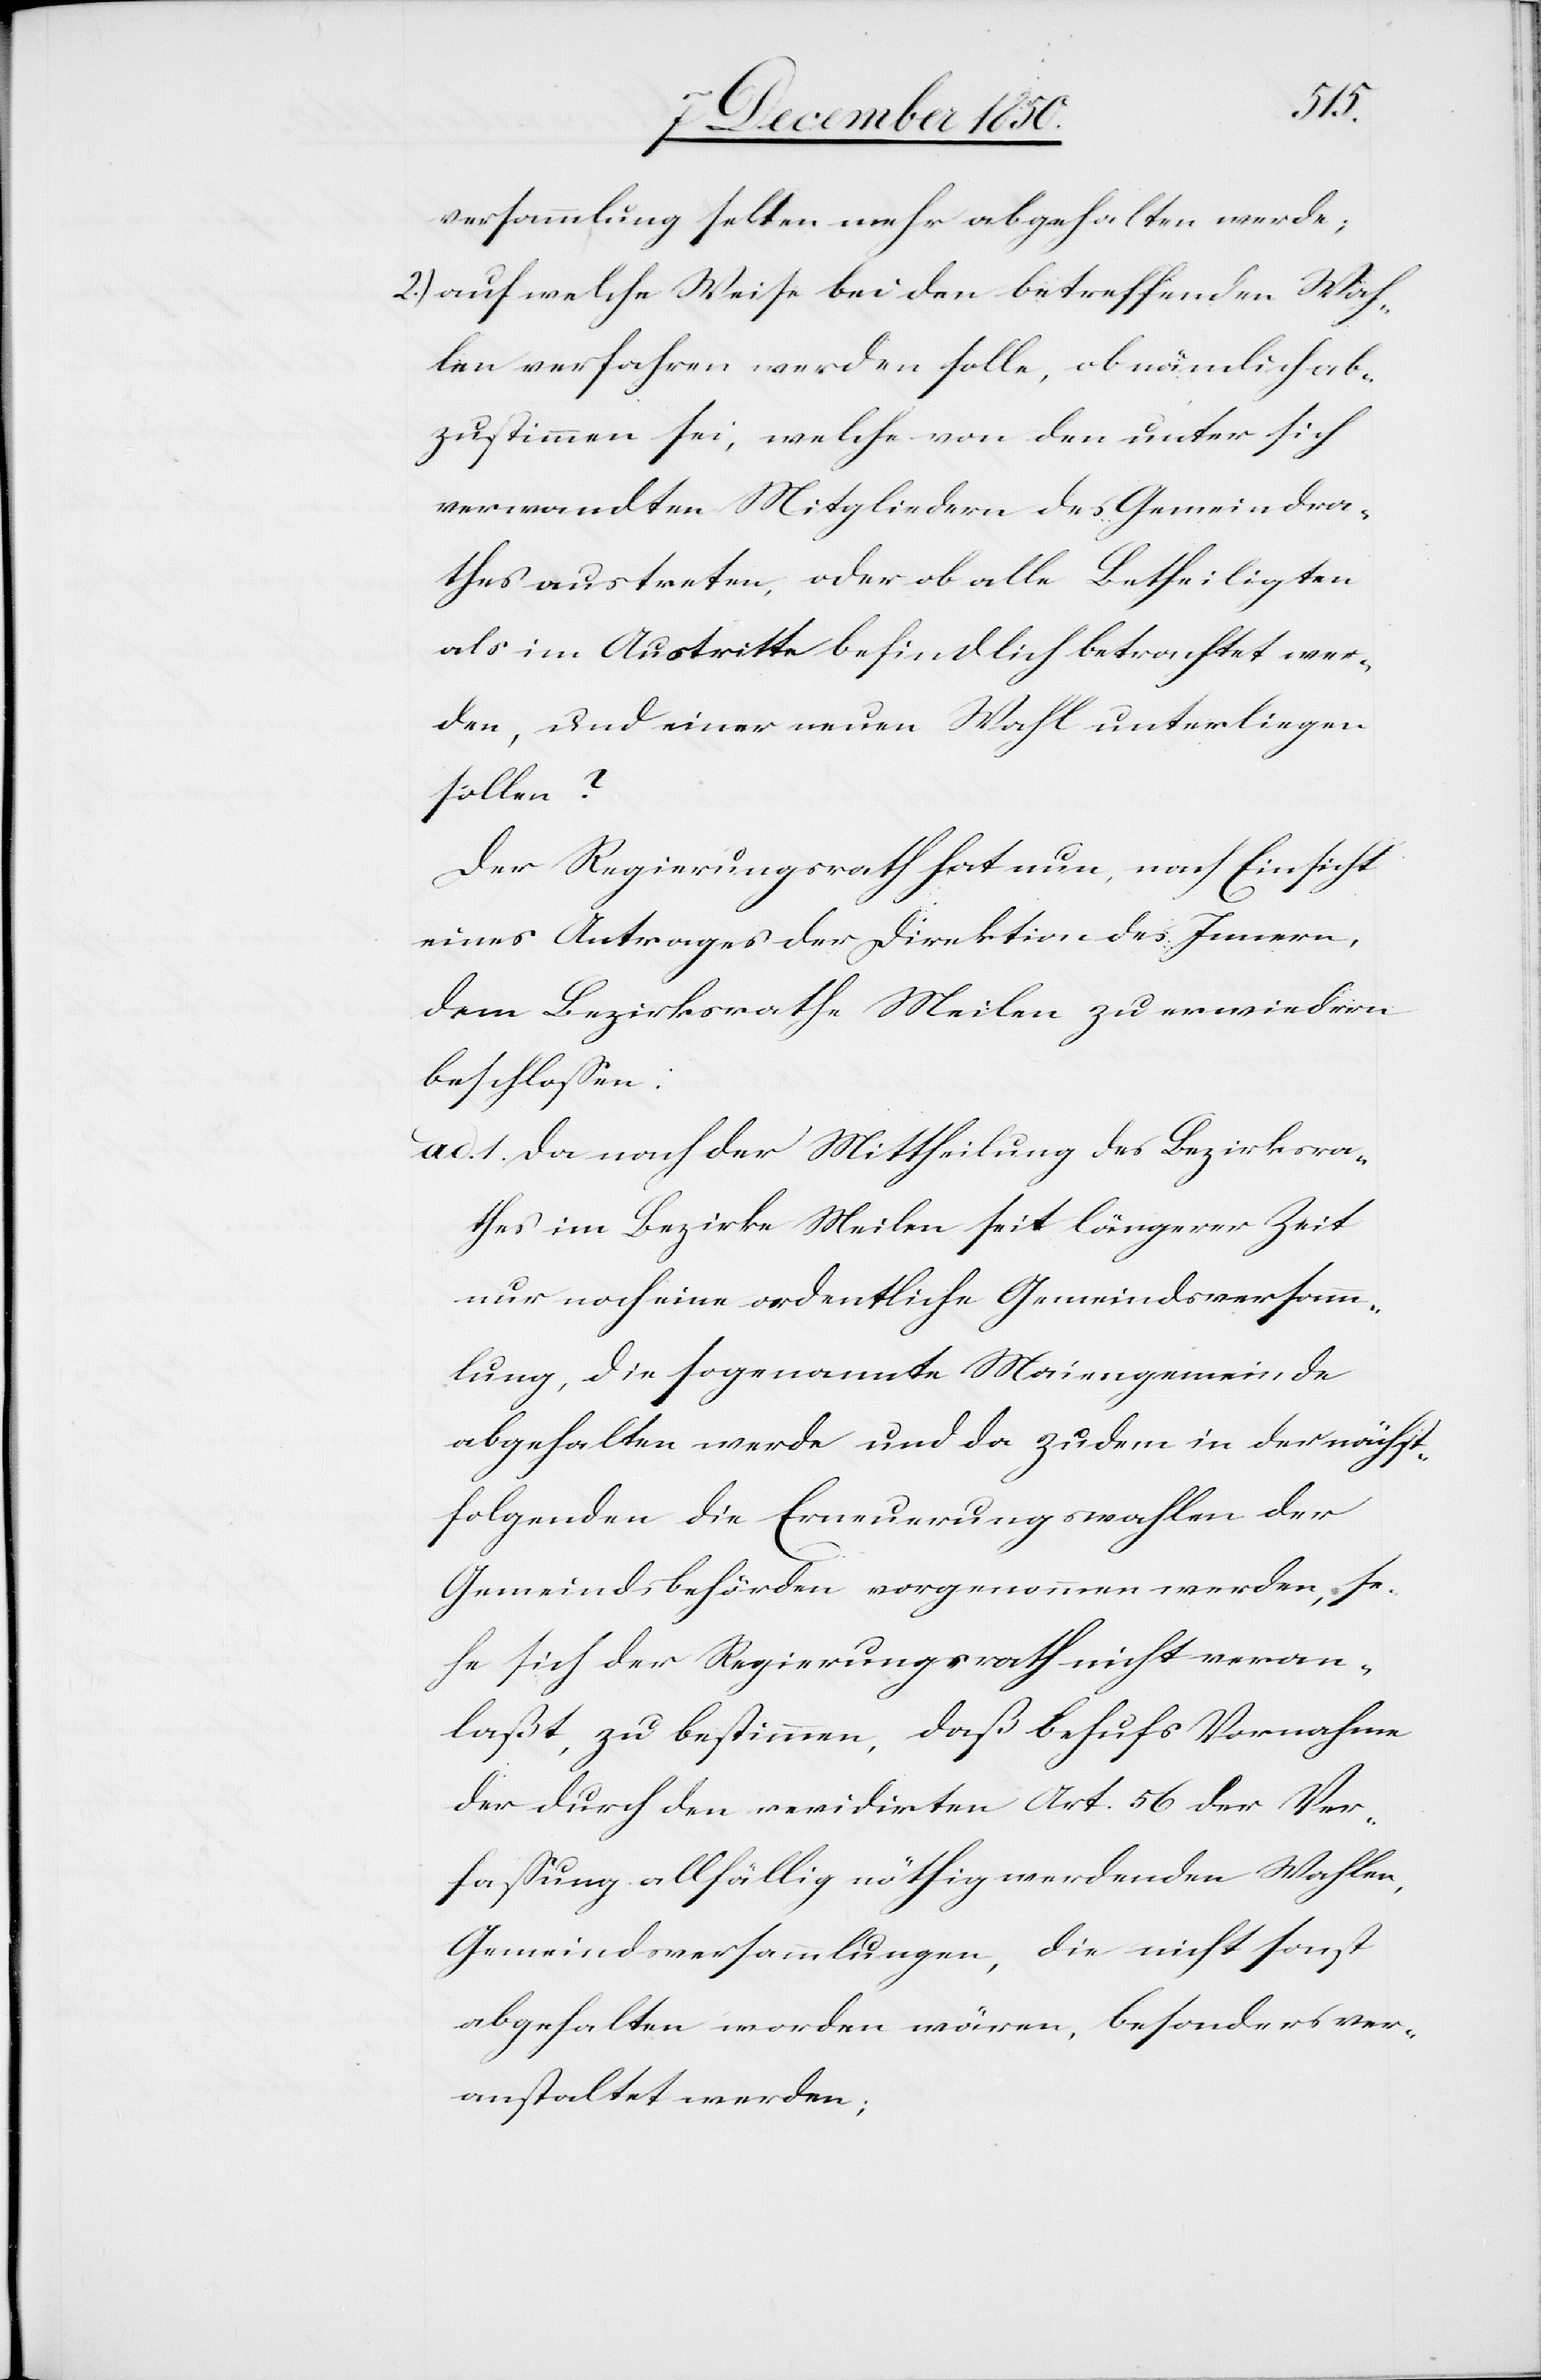
versammlung selten mehr abgehalten werde;
2.) auf welche Weise bei den betreffenden Wah¬
len verfahren werden solle, ob nämlich ab¬
zustimmen sei, welche von den unter sich
verwandten Mitgliedern des Gemeindra¬
thes austreten, oder ob alle Betheiligten
als im Austritte befindlich betrachtet wer¬
den, und einer neuen Wahl unterliegen
sollen?
Der Regierungsrath hat nun, nach Einsicht
eines Antrages der Direktion des Innern,
dem Bezirksrathe Meilen zu erwiedern
beschlossen:
ad. 1. Da nach der Mittheilung des Bezirksra¬
thes im Bezirke Meilen seit längerer Zeit
nur noch eine ordentliche Gemeindsversamm¬
lung, die sogenannte Maiengemeinde
abgehalten werde und da zudem in der nächst¬
folgenden die Erneuerungswahlen der
Gemeindsbehörden vorgenommen werden, se¬
he sich der Regierungsrath nicht veran¬
laßt, zu bestimmen, daß behufs Vornahme
der durch den revidirten Art. 56 der Ver¬
fassung allfällig nöthig werdenden Wahlen,
Gemeindsversammlungen, die nicht sonst
abgehalten worden wären, besonders ver¬
anstaltet werden;